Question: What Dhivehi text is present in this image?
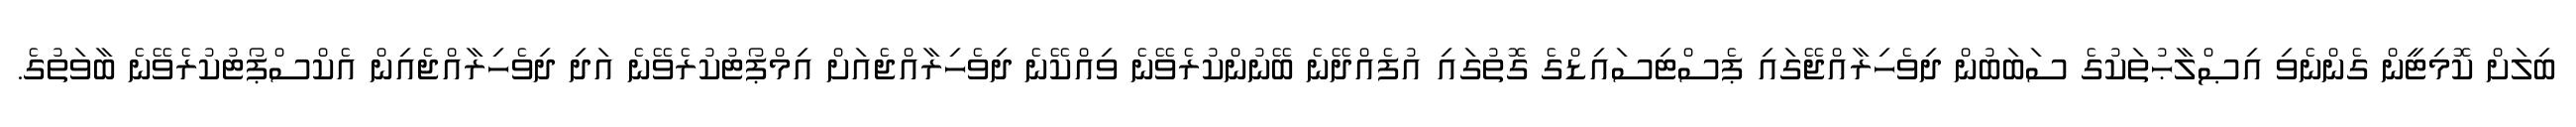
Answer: ބިލަށް ކޮމިޓީން ގެންނެވި އިޞްލާޙުތަކުގެ ސަބަބުން ދިވެހިރާއްޖޭގައި ޕެސްޓިސައިޑްގެ ގޮތުގައި އުފެއްދޭނެ ބޭނުންކުރެވޭނެ ވިއްކޭނެ ދިވެހިރާއްޖެއަށް އިމްޕޯޓުކުރެވޭނެ އަދި ދިވެހިރާއްޖެއިން އެކްސްޕޯޓުކުރެވޭނެ ބާވަތުގެ.